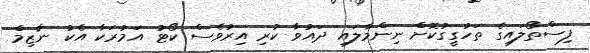
ފިސްތޯލައިގެ ތަހުގީގުކޮށް ނިންމާލައި ދައުވާ ކުރި އިރުވެސް ކޯޓު އަމުރަކާ އެކު ނާޒިމް